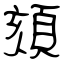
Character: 頦